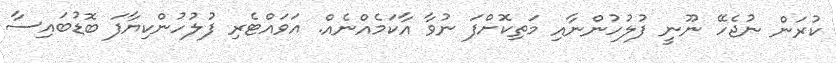
ކުރަން ނުޖެހޭ ނޫނީ ފުލުހުންނާއި މަތިކޮށްފަ ނުވާ އާކަމެއްނެއް. އަވައްޓެރި ފުލުހުންކިޔާފަ ބޮޑުބައިސާ